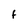
Character: F